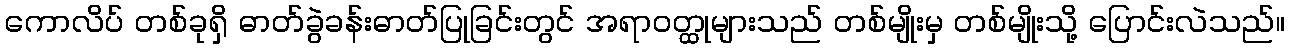
ကောလိပ် တစ်ခုရှိ ဓာတ်ခွဲခန်းဓာတ်ပြုခြင်းတွင် အရာဝတ္ထုများသည် တစ်မျိုးမှ တစ်မျိုးသို့ ပြောင်းလဲသည်။